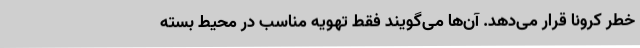
خطر کرونا قرار می‌دهد. آن‌ها می‌گویند فقط تهویه مناسب در محیط بسته